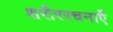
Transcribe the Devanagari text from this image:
शरीररचनाएँ